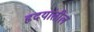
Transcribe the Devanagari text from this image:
हृदयांतील